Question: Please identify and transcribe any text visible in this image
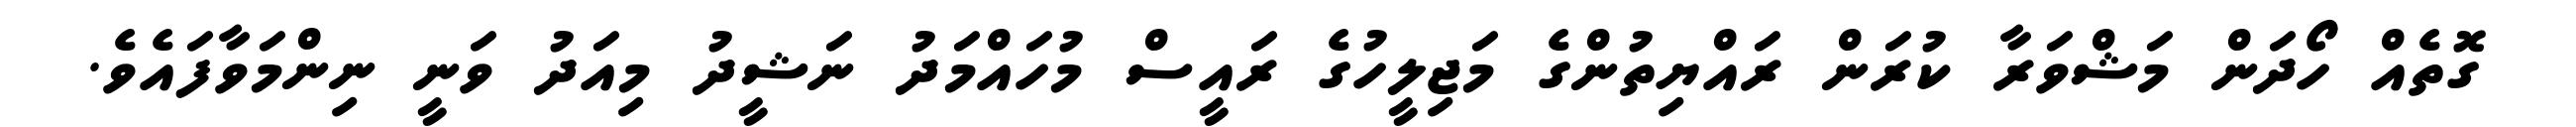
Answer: ގޮތެއް ހޯދަން މަޝްވަރާ ކުރަން ރައްޔިތުންގެ މަޖިލީހުގެ ރައީސް މުހައްމަދު ނަޝީދު މިއަދު ވަނީ ނިންމަވާފައެވެ.